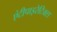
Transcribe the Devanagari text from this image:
एंटीपाइरेटिक्स